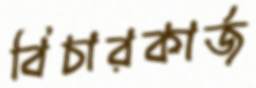
বিচারকার্জ